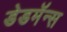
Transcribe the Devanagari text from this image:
डेडमॅन्स